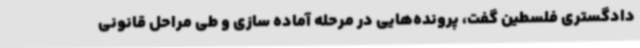
دادگستری فلسطین گفت، پرونده‌هایی در مرحله آماده سازی و طی مراحل قانونی